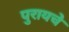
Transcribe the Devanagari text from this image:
पुरायचे